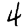
Digit: 4